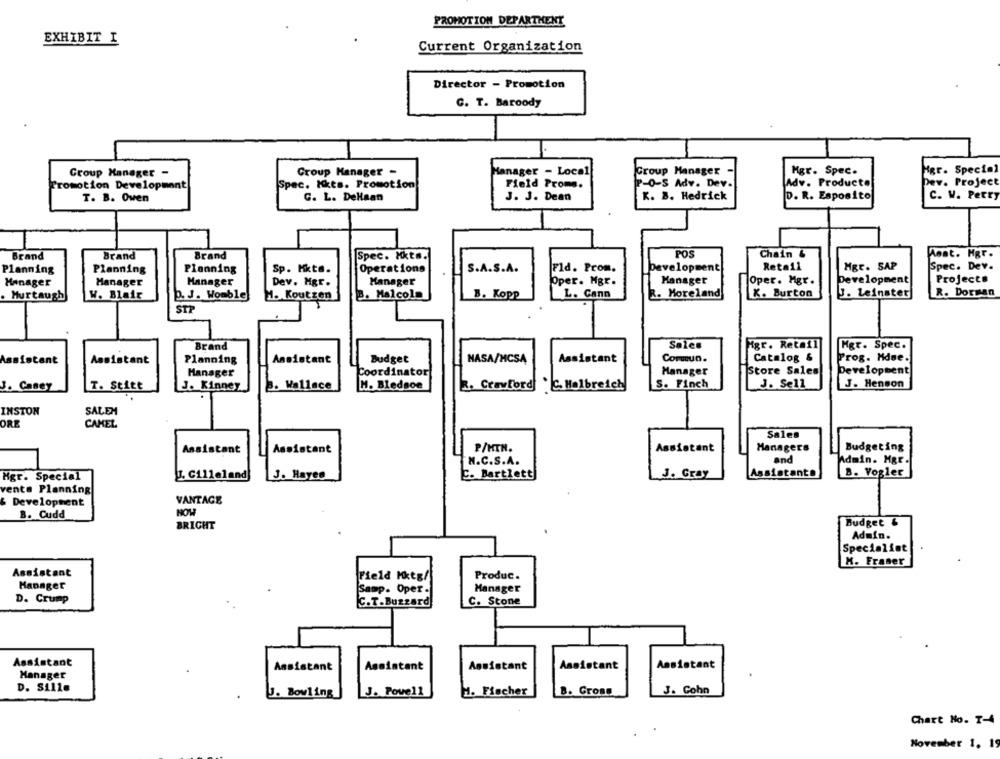
PROMOTION DEPARTMENT
EXHIBIT I
Current Organization
Director - Promotion
C. T. Baroody
Group Manager -
Croup Manager -
Manager - Local
Group Manager
Mgr. Spec.
Mgr. Special
P-0-S Adv. Dev.
Adv. Producto
Dev. Project
Promotion Development
Spec. Kts. Promotion
Field Prome.
T. B. Oven
G. L. DeHaan
J. J. Dean
K. B. Hedrick
D. R. Esposito
C. W. Perry
Brand
Brand
Brand
Spec. Hkts.
POS
Chain &
Anat. Mgr.
Retail
Mgr. SAP
Spec. Dev.
Planning
Planning
Planning
Sp. Hkt ..
Operations
S.A.S.A.
Fld. Prom.
Development
Manager
Manager
Manager
Dev. Mgr.
Manager
Oper. Mgr.
Manager
Oper. Mgr.
Development
Projects
Hurtaugh
W. Blair
p. J. Womble
H. Koutzen
B. Malcolm
B. Kopp
L. Cann
R. Moreland
X. Burton
J. Leinster
R. Dorman
STP
Brand
Sales
Mgr. Retail
Mgr. Spec.
Cormun.
Assistant
Assistant
Planning
Assistant
Budget
NASA/MCSA
Assistant
Catalog &
Prog. Mdue.
Manager
Coordinator
Manager
Store Sales
Development
T. Stitt
J. Kinney
Wallace
M. Bledsoe
R. Crawford . C. Halbreich
S. Finch
J. Se11
J. Henson
3. Casey
INSTON
SALEM
ORE
CAMEL
Sales
P/HTN.
Assistant
Managers
Budgeting
Assistant
Assistant
N.C.S.A.
and
Admin. Mgr.
Mgr. Special
I. Cilleland
J. Hayes
C. Bartlett
J. Gray
Assistante
B. Vogler
vents Planning
Development
VANTAGE
B. Cudd
NOW
Budget &
BRIGHT
Admin.
Specialist
M. Fraser
Assistant
Field Mktg/
Produc.
Manager
Samp. Oper.
Manager
D. Crump
C.T. Buzzard
C. Stone
Assistant
Assistant
Assistant
Assistant
Assistant
Assistant
Manager
D. Sille
B. Gross
J. Cohn
J. Bowling
J. Pove11
H. Fischer
Chart No. T-4
November 1. 19